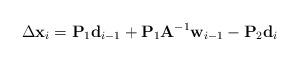
LaTeX: \begin{align*} \Delta\mathbf{x}_i= \mathbf{P}_1{\mathbf{d}}_{i-1}+\mathbf{P}_1\mathbf{A}^{-1}\mathbf{w}_{i-1}-\mathbf{P}_2\mathbf{d}_i\end{align*}